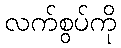
လက်စွပ်ကို